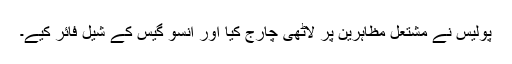
پولیس نے مشتعل مظاہرین پر لاٹھی چارج کیا اور آنسو گیس کے شیل فائر کیے۔